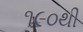
૧૯૦થી